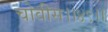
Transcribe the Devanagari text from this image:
चोवीस।।४९।।